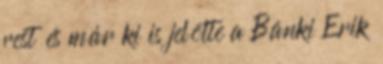
rest és már ki is jelölte a Bánki Erik